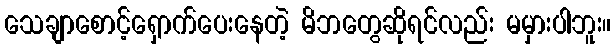
သေချာစောင့်ရှောက်ပေးနေတဲ့ မိဘတွေဆိုရင်လည်း မမှားပါဘူး။